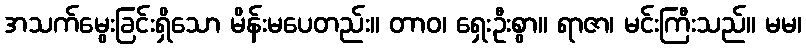
အသက်မွေးခြင်းရှိသော မိန်းမပေတည်း။ တာဝ၊ ရှေးဦးစွာ။ ရာဇာ၊ မင်းကြီးသည်။ မမ၊